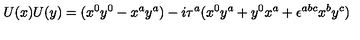
U ( x ) U ( y ) = ( x ^ { 0 } y ^ { 0 } - x ^ { a } y ^ { a } ) - i \tau ^ { a } ( x ^ { 0 } y ^ { a } + y ^ { 0 } x ^ { a } + \epsilon ^ { a b c } x ^ { b } y ^ { c } )